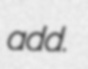
add.